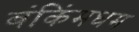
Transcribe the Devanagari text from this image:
बंकिंमघम